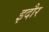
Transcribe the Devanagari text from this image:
इदौर